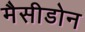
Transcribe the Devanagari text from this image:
मैसीडोन